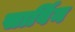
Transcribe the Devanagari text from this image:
सार्विन